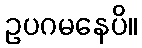
ဥပဂမနေပိ။